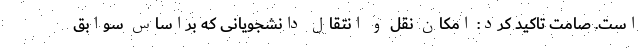
است. صامت تاکید کرد: امکان نقل و انتقال دانشجویانی که براساس سوابق